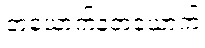
တယောက်နဲ့တယောက်